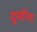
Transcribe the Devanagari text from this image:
दुमरिया